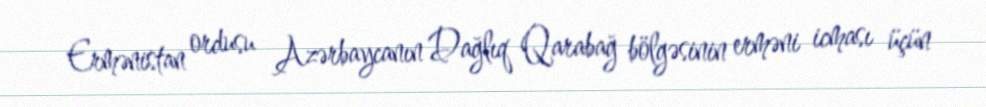
Ermənistan ordusu Azərbaycanın Dağlıq Qarabağ bölgəsinin erməni icması üçün